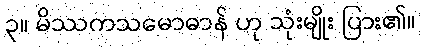
၃။ မိဿကသမောဓာန် ဟု သုံးမျိုး ပြား၏။